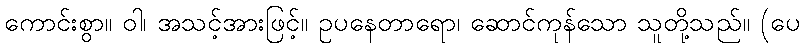
ကောင်းစွာ။ ဝါ၊ အသင့်အားဖြင့်။ ဥပနေတာရော၊ ဆောင်ကုန်သော သူတို့သည်။ (ပေ